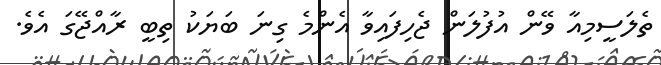
ތެލަސީމިއާ ވޭން އުފުލަން ޖެހިފައިވާ އެންމެ ގިނަ ބަޔަކު ތިބީ ރާއްޖޭގަ އެވެ.